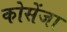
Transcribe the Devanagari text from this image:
कोसेंजा